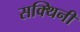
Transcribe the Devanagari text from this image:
सक्थिनी